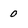
Character: 0